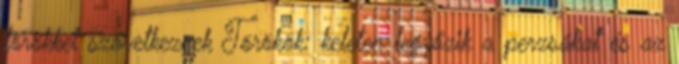
törökkel szövetkeznek Törökök: keleten legyőzik a perzsákat és az